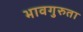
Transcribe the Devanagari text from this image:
भावगुरुता